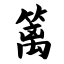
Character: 篱